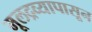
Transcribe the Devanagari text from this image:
मूलद्रव्यापासून